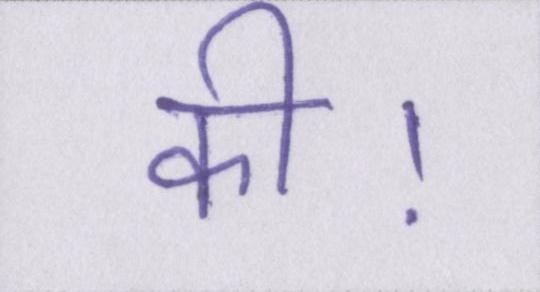
की।